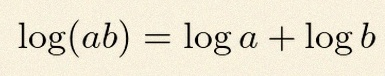
\log(ab)=\log a+\log b